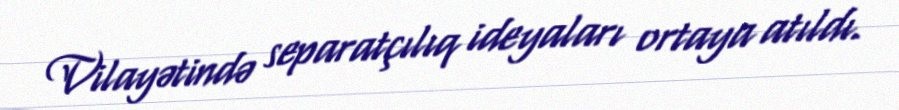
Vilayətində separatçılıq ideyaları ortaya atıldı.